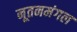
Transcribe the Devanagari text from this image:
नूतनमंगल